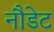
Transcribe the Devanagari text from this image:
नौडेट